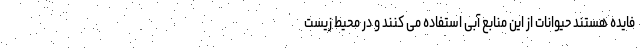
فایده هستند حیوانات از این منابع آبی استفاده می کنند و در محیط زیست